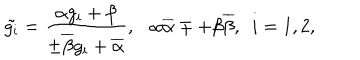
\tilde { g _ { i } } = \frac { \alpha g _ { i } + \beta } { \pm \overline { { { \beta } } } g _ { i } + \overline { { { \alpha } } } } , \alpha \overline { { { \alpha } } } \mp + \beta \overline { { { \beta } } } , ~ ~ i = 1 , 2 ,